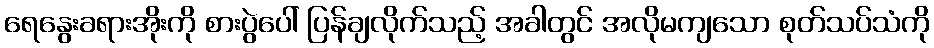
ရေနွေးခရားအိုးကို စားပွဲပေါ် ပြန်ချလိုက်သည့် အခါတွင် အလိုမကျသော စုတ်သပ်သံကို